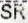
SR